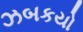
ઝબકયો